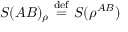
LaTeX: S ( A B ) _ { \rho } \ { \stackrel { \mathrm { d e f } } { = } } \ S ( \rho ^ { A B } )